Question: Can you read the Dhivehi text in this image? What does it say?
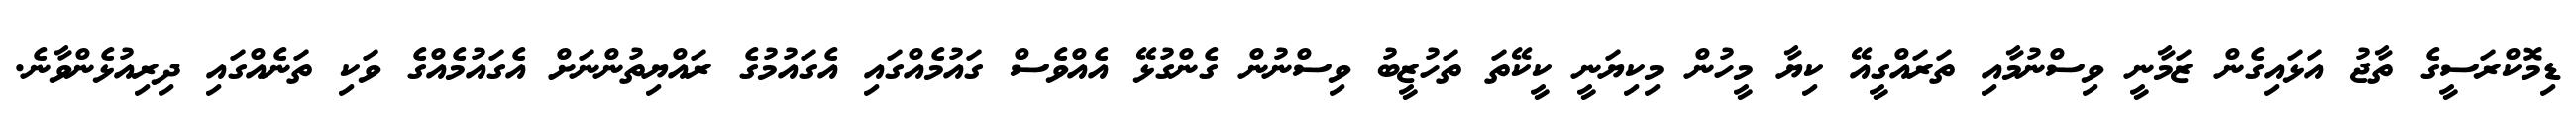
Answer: ޑިމޮކްރަސީގެ ތާޖު އަޅައިގެން ޒަމާނީ ވިސްނުމާއި ތަރައްގީއޭ ކިޔާ މީހުން މިކިޔަނީ ކީކޭތަ ތަހުޒީބު ވިސްނުން ގެންގުޅޭ އެއްވެސް ގައުމެއްގައި އެގައުމުގެ ރައްޔިތުންނަށް އެގައުމެއްގެ ވަކި ތަނެއްގައި ދިރިއުޅެންވާނެ.